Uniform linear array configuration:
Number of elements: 24
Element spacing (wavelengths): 1
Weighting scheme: blackman
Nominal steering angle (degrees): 0
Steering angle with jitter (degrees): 0.261
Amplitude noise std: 0.05
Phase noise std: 0.05

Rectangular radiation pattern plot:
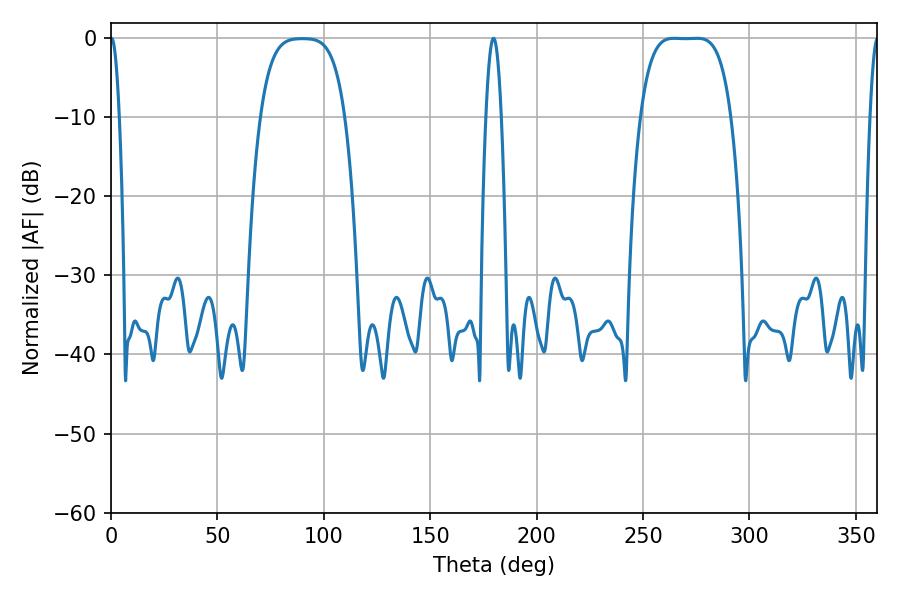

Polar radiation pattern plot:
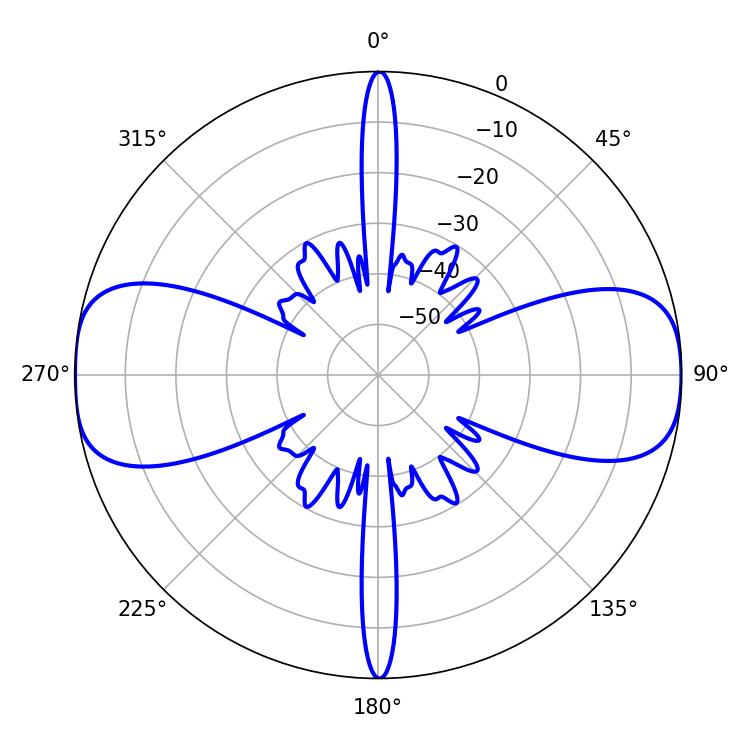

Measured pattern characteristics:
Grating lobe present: TRUE
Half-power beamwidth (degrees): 32.4
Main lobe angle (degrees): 264.6